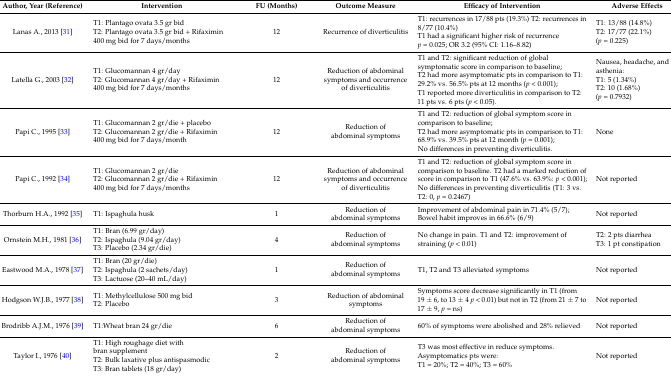
<table><thead><tr><td><b>Author, Year (Reference)</b></td><td><b>Intervention</b></td><td><b>FU (Months)</b></td><td><b>Outcome Measure </b></td><td><b>Efficacy of Intervention</b></td><td><b>Adverse Effects</b></td></tr></thead><tbody><tr><td>Lanas A., 2013 [31]</td><td>T1: Plantago ovata 3.5 gr bid T2: Plantago ovata 3.5 gr bid + Rifaximin 400 mg bid for 7 days/months</td><td>12</td><td>Recurrence of diverticulitis</td><td>T1: recurrences in 17/88 pts (19.3%) T2: recurrences in 8/77 (10.4%) T1 had a significant higher risk of recurrence <i>p</i> = 0.025; OR 3.2 (95% CI: 1.16–8.82)</td><td>T1: 13/88 (14.8%) T2: 17/77 (22.1%) (<i>p</i> = 0.225)</td></tr><tr><td>Latella G., 2003 [32]</td><td>T1: Glucomannan 4 gr/day T2: Glucomannan 4 gr/day + Rifaximin 400 mg bid for 7 days/months</td><td>12</td><td>Reduction of abdominal symptoms and occurrence of diverticulitis</td><td>T1 and T2: significant reduction of global symptomatic score in comparison to baseline; T2 had more asymptomatic pts in comparison to T1: 29.2% vs. 56.5% pts at 12 months (<i>p</i> &lt; 0.001); T1 reported more diverticulitis in comparison to T2: 11 pts vs. 6 pts (<i>p</i> &lt; 0.05).</td><td>Nausea, headache, and asthenia: T1: 5 (1.34%) T2: 10 (1.68%) (<i>p</i> = 0.7932)</td></tr><tr><td>Papi C., 1995 [33]</td><td>T1: Glucomannan 2 gr/die + placebo T2: Glucomannan 2 gr/die + Rifaximin 400 mg bid for 7 days/month</td><td>12</td><td>Reduction of abdominal symptoms</td><td>T1 and T2: reduction of global symptom score in comparison to baseline; T2 had more asymptomatic pts in comparison to T1: 68.9% vs. 39.5% pts at 12 month (<i>p</i> = 0.001); No differences in preventing diverticulitis.</td><td>None</td></tr><tr><td>Papi C., 1992 [34]</td><td>T1: Glucomannan 2 gr/die T2: Glucomannan 2 gr/die + Rifaximin 400 mg bid for 7 days/months</td><td>12</td><td>Reduction of abdominal symptoms and occurrence of diverticulitis</td><td>T1 and T2: reduction of global symptom score in comparison to baseline. T2 had a marked reduction of score in comparison to T1 (47.6% vs. 63.9%: <i>p</i> &lt; 0.001); No differences in preventing diverticulitis (T1: 3 vs. T2: 0, <i>p</i> = 0.2467)</td><td>Not reported</td></tr><tr><td>Thorburn H.A., 1992 [35]</td><td>T1: Ispaghula husk</td><td>1</td><td>Reduction of abdominal symptoms</td><td>Improvement of abdominal pain in 71.4% (5/7); Bowel habit improves in 66.6% (6/9)</td><td>Not reported</td></tr><tr><td>Ornstein M.H., 1981 [36]</td><td>T1: Bran (6.99 gr/day) T2: Ispaghula (9.04 gr/day) T3: Placebo (2.34 gr/die)</td><td>4</td><td>Reduction of abdominal symptoms</td><td>No change in pain. T1 and T2: improvement of straining (<i>p</i> &lt; 0.01)</td><td>T2: 2 pts diarrhea T3: 1 pt constipation</td></tr><tr><td>Eastwood M.A., 1978 [37]</td><td>T1: Bran (20 gr/die) T2: Ispaghula (2 sachets/day) T3: Lactuose (20–40 mL/day)</td><td>1</td><td>Reduction of abdominal symptoms</td><td>T1, T2 and T3 alleviated symptoms</td><td>Not reported</td></tr><tr><td>Hodgson W.J.B., 1977 [38]</td><td>T1: Methylcellulose 500 mg bid T2: Placebo</td><td>3</td><td>Reduction of abdominal symptoms</td><td>Symptoms score decrease significantly in T1 (from 19 ± 6, to 13 ± 4 <i>p</i> &lt; 0.01) but not in T2 (from 21 ± 7 to 17 ± 9, <i>p</i> = ns)</td><td>Not reported</td></tr><tr><td>Brodribb A.J.M., 1976 [39]</td><td>T1:Wheat bran 24 gr/die</td><td>6</td><td>Reduction of abdominal symptoms</td><td>60% of symptoms were abolished and 28% relieved</td><td>Not reported</td></tr><tr><td>Taylor I., 1976 [40]</td><td>T1: High roughage diet with bran supplement T2: Bulk laxative plus antispasmodic T3: Bran tablets (18 gr/day)</td><td>2</td><td>Reduction of abdominal symptoms</td><td>T3 was most effective in reduce symptoms. Asymptomatics pts were: T1 = 20%; T2 = 40%; T3 = 60%</td><td>Not reported</td></tr></tbody></table>